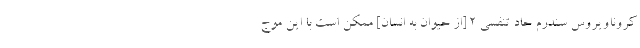
کروناویروس سندرم حاد تنفسی ۲ [از حیوان به انسان] ممکن است با این موج